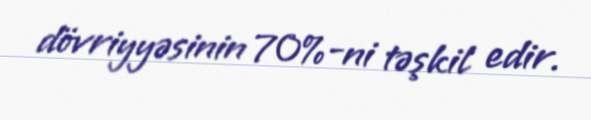
dövriyyəsinin 70%-ni təşkil edir.